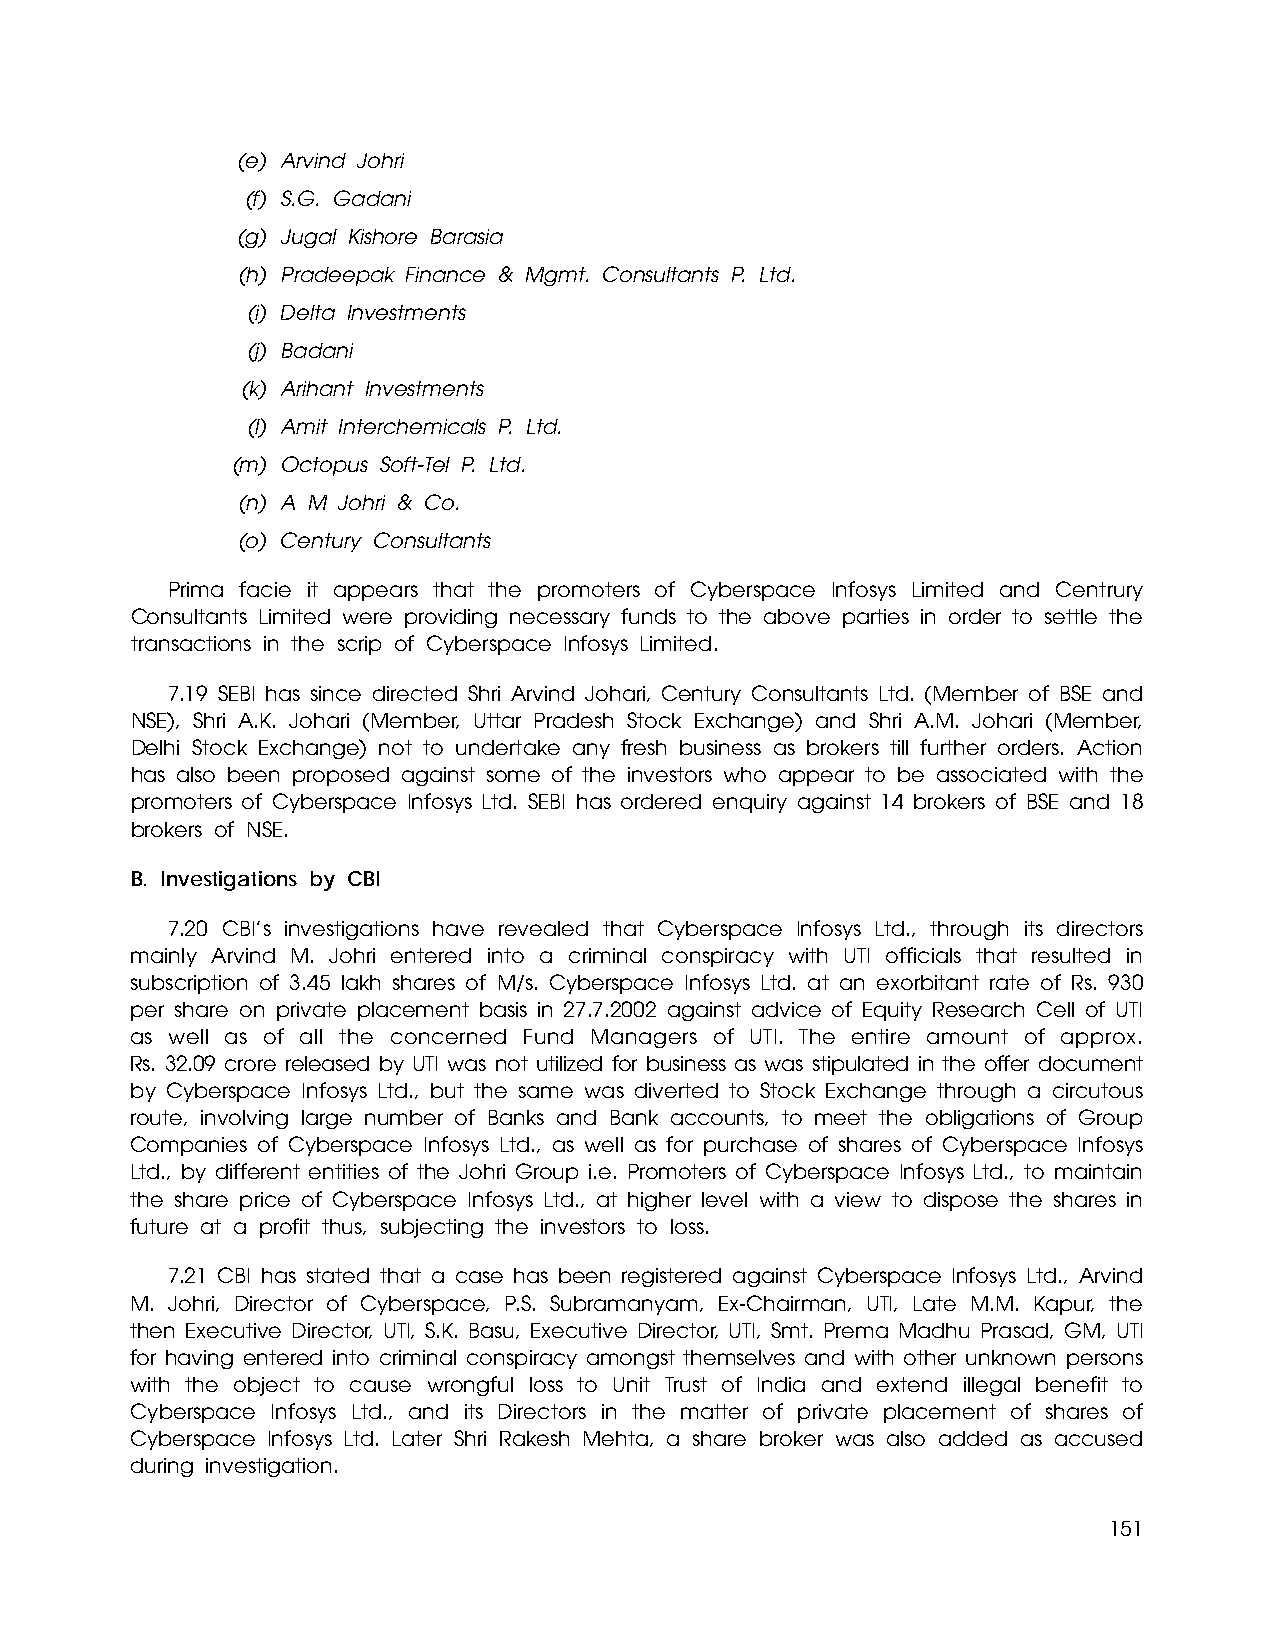
(e) Arvind Johri
 (f) S.G. Gadani
 (g) Jugal Kishore Barasia
 (h) Pradeepak Finance & Mgmt. Consultants P. Ltd.
 (i) Delta Investments
 (j) Badani
 (k) Arihant Investments
 (l) Amit Interchemicals P. Ltd.
 (m) Octopus Soft-Tel P. Ltd.
 (n) A M Johri & Co.
 (o) Century Consultants
 Prima facie it appears that the promoters of Cyberspace Infosys Limited and Centrury
 Consultants Limited were providing necessary funds to the above parties in order to settle the
 transactions in the scrip of Cyberspace Infosys Limited.
 7.19 SEBI has since directed Shri Arvind Johari, Century Consultants Ltd. (Member of BSE and
 NSE), Shri A.K. Johari (Member, Uttar Pradesh Stock Exchange) and Shri A.M. Johari (Member,
 Delhi Stock Exchange) not to undertake any fresh business as brokers till further orders. Action
 has also been proposed against some of the investors who appear to be associated with the
 promoters of Cyberspace Infosys Ltd. SEBI has ordered enquiry against 14 brokers of BSE and 18
 brokers of NSE.
 B. Investigations by CBI
 7.20 CBI’s investigations have revealed that Cyberspace Infosys Ltd., through its directors
 mainly Arvind M. Johri entered into a criminal conspiracy with UTI officials that resulted in
 subscription of 3.45 lakh shares of M/s. Cyberspace Infosys Ltd. at an exorbitant rate of Rs. 930
 per share on private placement basis in 27.7.2002 against advice of Equity Research Cell of UTI
 as well as of all the concerned Fund Managers of UTI. The entire amount of approx.
 Rs. 32.09 crore released by UTI was not utilized for business as was stipulated in the offer document
 by Cyberspace Infosys Ltd., but the same was diverted to Stock Exchange through a circutous
 route, involving large number of Banks and Bank accounts, to meet the obligations of Group
 Companies of Cyberspace Infosys Ltd., as well as for purchase of shares of Cyberspace Infosys
 Ltd., by different entities of the Johri Group i.e. Promoters of Cyberspace Infosys Ltd., to maintain
 the share price of Cyberspace Infosys Ltd., at higher level with a view to dispose the shares in
 future at a profit thus, subjecting the investors to loss.
 7.21 CBI has stated that a case has been registered against Cyberspace Infosys Ltd., Arvind
 M. Johri, Director of Cyberspace, P.S. Subramanyam, Ex-Chairman, UTI, Late M.M. Kapur, the
 then Executive Director, UTI, S.K. Basu, Executive Director, UTI, Smt. Prema Madhu Prasad, GM, UTI
 for having entered into criminal conspiracy amongst themselves and with other unknown persons
 with the object to cause wrongful loss to Unit Trust of India and extend illegal benefit to
 Cyberspace Infosys Ltd., and its Directors in the matter of private placement of shares of
 Cyberspace Infosys Ltd. Later Shri Rakesh Mehta, a share broker was also added as accused
 during investigation.
 151